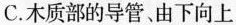
C. 木质部的导管、由下向上